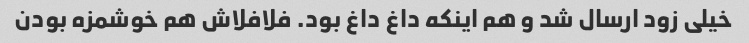
خیلی زود ارسال شد و هم اینکه داغ داغ بود. فلافلاش هم خوشمزه بودن